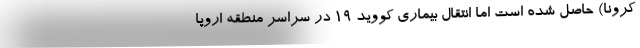
کرونا) حاصل شده است اما انتقال بیماری کووید ۱۹ در سراسر منطقه اروپا